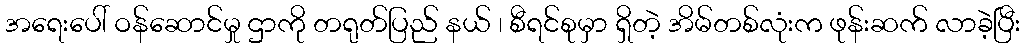
အရေးပေါ် ဝန်ဆောင်မှု ဌာကို တရုတ်ပြည် နယ် ၊ စီရင်စုမှာ ရှိတဲ့ အိမ်တစ်လုံးက ဖုန်းဆက် လာခဲ့ပြီး